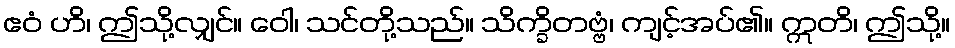
ဧဝံ ဟိ၊ ဤသို့လျှင်။ ဝေါ၊ သင်တို့သည်။ သိက္ခိတဗ္ဗံ၊ ကျင့်အပ်၏။ ဣတိ၊ ဤသို့။